Serum-therapy of plague in India - Number 20
Disease focus: Plague
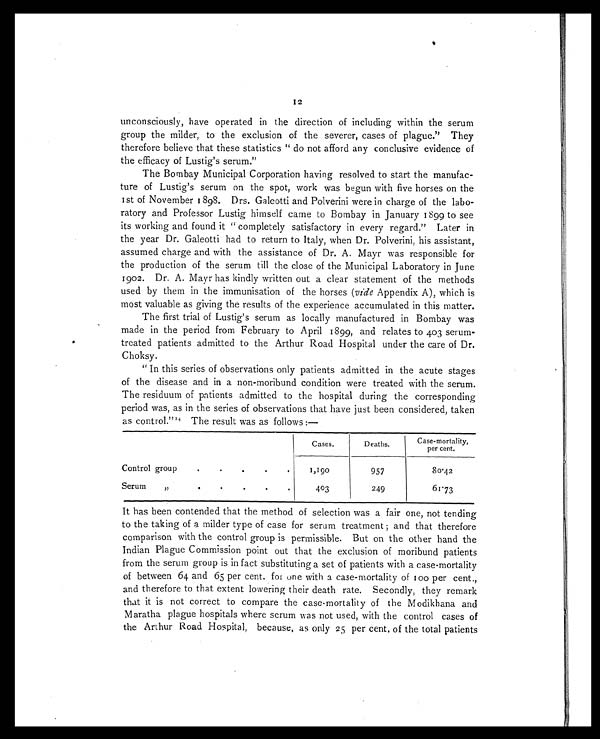
0012
unconsciously, have operated in the direction of including within the serum
group the milder, to the exclusion of the severer, cases of plague." They
therefore believe that these statistics "do not afford any conclusive evidence of
the efficacy of Lustig's serum."
The Bombay Municipal Corporation having resolved to start the manufac-
ture of Lustig's serum on the spot, work was begun with five horses on the
1st of November 1898. Drs. Galeotti and Polverini were in charge of the labo-
ratory and Professor Lustig himself came to Bombay in January 1899 to see
its working and found it "completely satisfactory in every regard." Later in
the year Dr. Galeotti had to return to Italy, when Dr. Polverini, his assistant,
assumed charge and with the assistance of Dr. A. Mayr was responsible for
the production of the serum till the close of the Municipal Laboratory in June
1902. Dr. A. Mayr has kindly written out a clear statement of the methods
used by them in the immunisation of the horses ( vide Appendix A), which is
most valuable as giving the results of the experience accumulated in this matter.
The first trial of Lustig's serum as locally manufactured in Bombay was
made in the period from February to April 1899, and relates to 403 serum-
treated patients admitted to the Arthur Road Hospital under the care of Dr.
Choksy.
"In this series of observations only patients admitted in the acute stages
of the disease and in a non-moribund condition were treated with the serum.
The residuum of patients admitted to the hospital during the corresponding
period was, as in the series of observations that have just been considered, taken
as control." 24 The result was as follows :—
Cases.
Deaths.
Case-mortality,
per cent.
Control group
.
.
.
.
.
1,190
957
8 0 . 4 2
Serum
,,
.
.
.
.
.
403
249
6 1 . 7 3
It has been contended that the method of selection was a fair one, not tending
to the taking of a milder type of case for serum treatment; and that therefore
comparison with the control group is permissible. But on the other hand the
Indian Plague Commission point out that the exclusion of moribund patients
from the serum group is in fact substituting a set of patients with a case-mortality
of between 64 and 65 per cent. for one with a case-mortality of 100 per cent.,
and therefore to that extent lowering their death rate. Secondly, they remark
that it is not correct to compare the case-mortality of the Modikhana and
Maratha plague hospitals where serum was not used, with the control cases of
the Arthur Road Hospital, because, as only 25 per cent. of the total patients